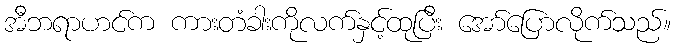
အီဘရာဟင်က ကားတံခါးကိုလက်နှင့်ထုပြီး အော်ပြောလိုက်သည်။